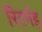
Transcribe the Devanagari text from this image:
रिटर्नड़